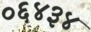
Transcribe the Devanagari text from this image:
०६४३४